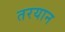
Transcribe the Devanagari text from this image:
तरयान